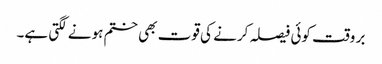
بر وقت کوئی فیصلہ کرنے کی قوت بھی ختم ہونے لگتی ہے۔